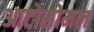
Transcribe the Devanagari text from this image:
आटोसोमल